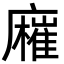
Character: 𢋬